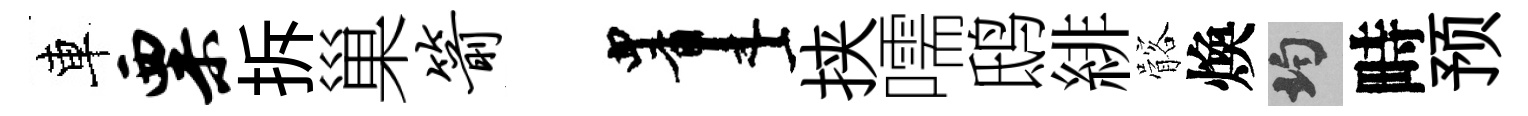
車粟拆巢箭画挟嚅鸱緋髂煥均畤预